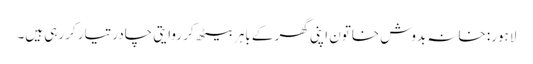
لاہور: خانہ بدوش خاتون اپنی گھر کے باہر بیٹھ کر روایتی چادر تیار کررہی ہیں۔